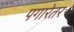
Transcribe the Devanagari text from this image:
पगारेतर